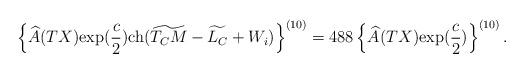
LaTeX: \begin{align*}&\left\{\widehat{A}(TX){\rm exp}(\frac{c}{2}){\rm ch}(\widetilde{T_CM}-\widetilde{L_C}+W_i)\right\}^{(10)}=488\left\{\widehat{A}(TX){\rm exp}(\frac{c}{2})\right\}^{(10)}. \end{align*}